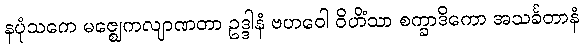
နပုံသကေ မဇ္ဈေကလျာဏတာ ဥဒ္ဒါနံ ဗဟဝေါ ဝိဟိံသာ စက္ခာဒိကော အသင်္ခတာနံ